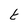
Character: t